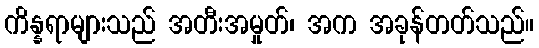
ကိန္နရာများသည် အတီးအမှုတ်၊ အက အခုန်တတ်သည်။